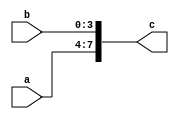
module concatenation_ex(
    input   [3:0]   a,
    input   [3:0]   b,
    output  [7:0]   c
);
    assign c = {a, b}; 

endmodule